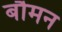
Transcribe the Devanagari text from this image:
बौमन